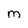
Character: m